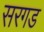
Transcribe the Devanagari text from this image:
सरगड